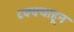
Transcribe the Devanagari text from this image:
टक्‍क्‍याहून